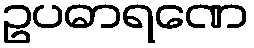
ဥပဓာရဏေ